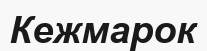
Кежмарок